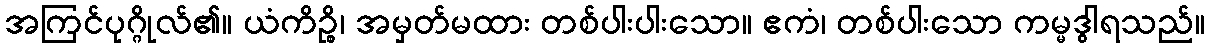
အကြင်ပုဂ္ဂိုလ်၏။ ယံကိဉ္စိ၊ အမှတ်မထား တစ်ပါးပါးသော။ ဧကံ၊ တစ်ပါးသော ကမ္မဒွါရသည်။